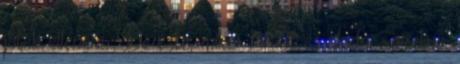
játék ellenére. De este, mikor fáradt és aludni szeretne,